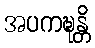
အပကဍ္ဎန္တိ